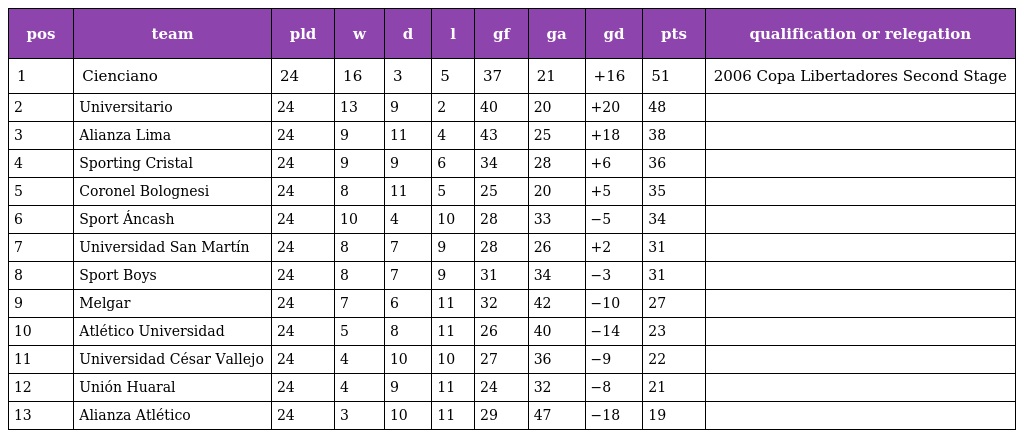
| pos | team | pld | w | d | l | gf | ga | gd | pts | qualification or relegation |
 | --- | --- | --- | --- | --- | --- | --- | --- | --- | --- | --- |
 | 1 | Cienciano | 24 | 16 | 3 | 5 | 37 | 21 | +16 | 51 | 2006 Copa Libertadores Second Stage |
 | 2 | Universitario | 24 | 13 | 9 | 2 | 40 | 20 | +20 | 48 |  |
 | 3 | Alianza Lima | 24 | 9 | 11 | 4 | 43 | 25 | +18 | 38 |  |
 | 4 | Sporting Cristal | 24 | 9 | 9 | 6 | 34 | 28 | +6 | 36 |  |
 | 5 | Coronel Bolognesi | 24 | 8 | 11 | 5 | 25 | 20 | +5 | 35 |  |
 | 6 | Sport Áncash | 24 | 10 | 4 | 10 | 28 | 33 | −5 | 34 |  |
 | 7 | Universidad San Martín | 24 | 8 | 7 | 9 | 28 | 26 | +2 | 31 |  |
 | 8 | Sport Boys | 24 | 8 | 7 | 9 | 31 | 34 | −3 | 31 |  |
 | 9 | Melgar | 24 | 7 | 6 | 11 | 32 | 42 | −10 | 27 |  |
 | 10 | Atlético Universidad | 24 | 5 | 8 | 11 | 26 | 40 | −14 | 23 |  |
 | 11 | Universidad César Vallejo | 24 | 4 | 10 | 10 | 27 | 36 | −9 | 22 |  |
 | 12 | Unión Huaral | 24 | 4 | 9 | 11 | 24 | 32 | −8 | 21 |  |
 | 13 | Alianza Atlético | 24 | 3 | 10 | 11 | 29 | 47 | −18 | 19 |  |